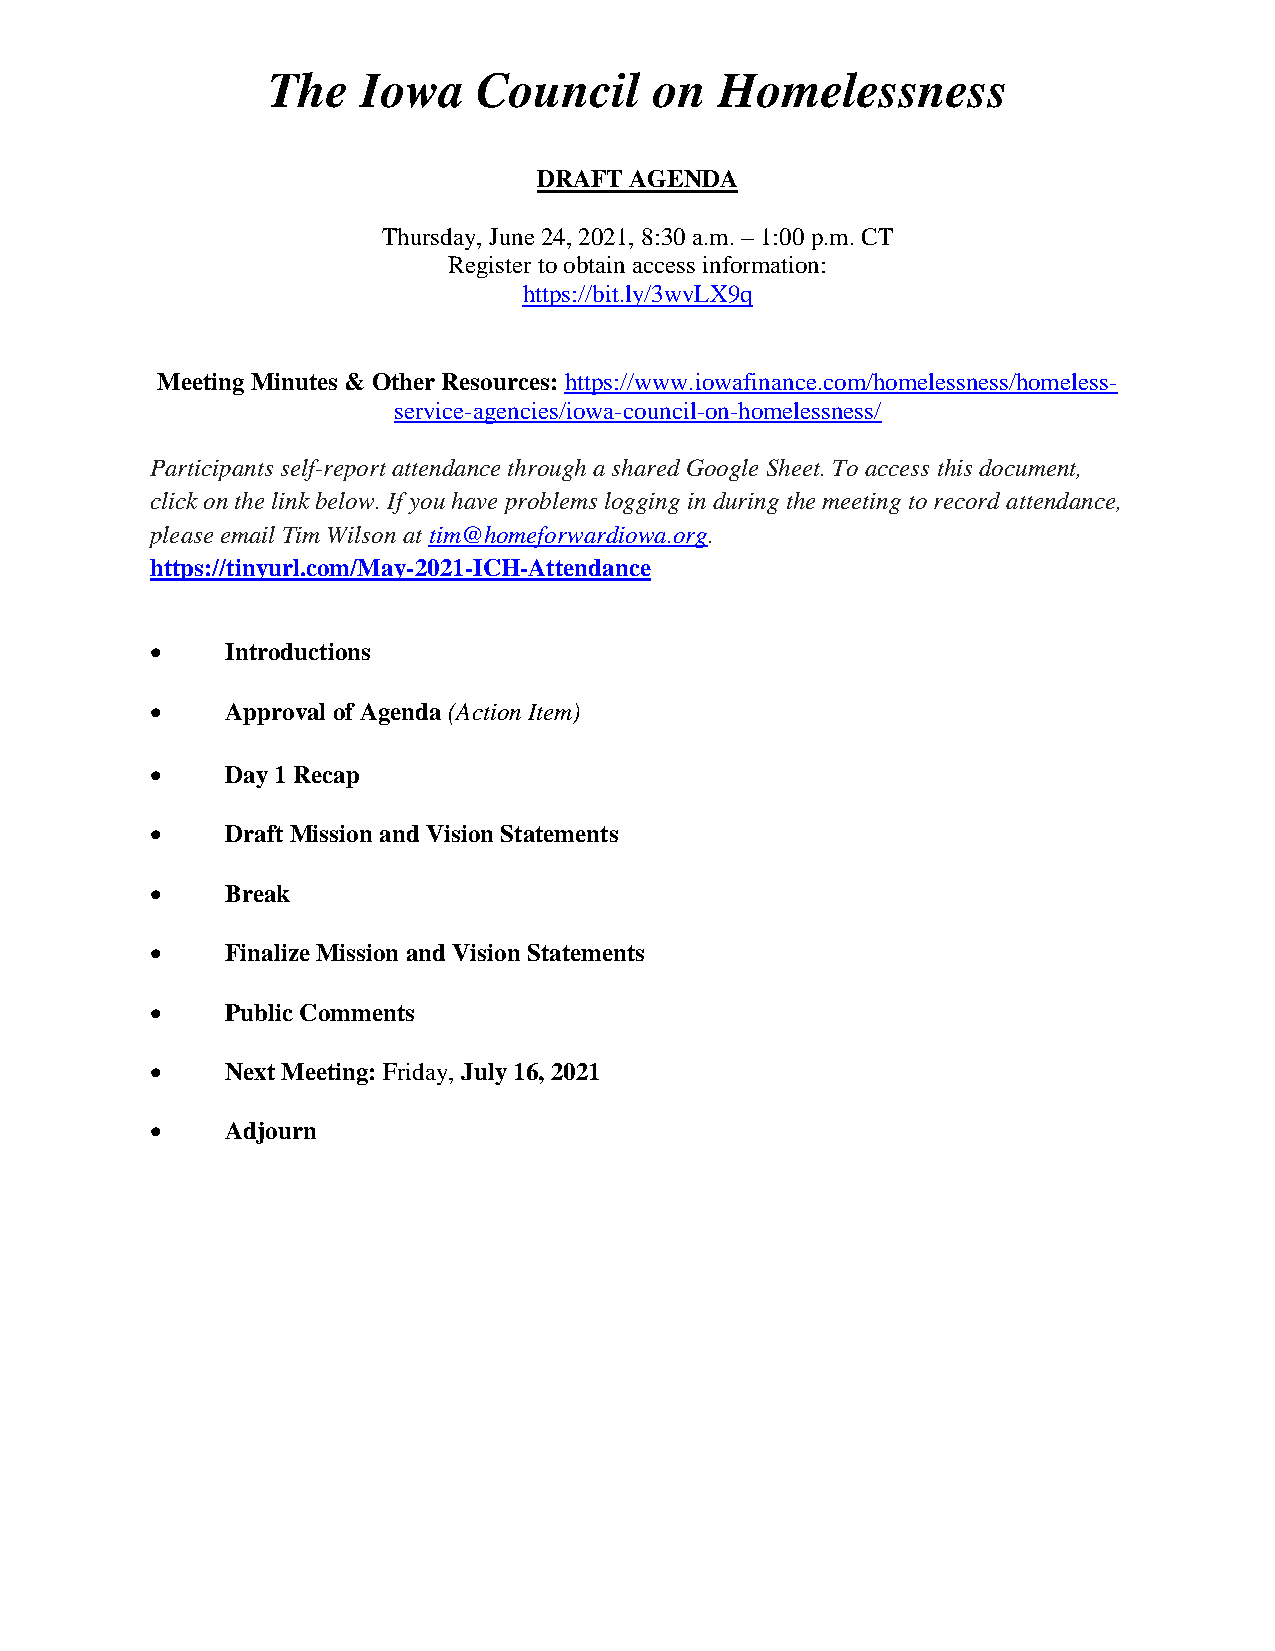
The   Iowa    Council    on   Homelessness
 DRAFT AGENDA
 Thursday, June 24, 2021, 8:30 a.m. – 1:00 p.m. CT
 Register to obtain access information:
 https://bit.ly/3wvLX9q
 Meeting Minutes & Other Resources: https://www.iowafinance.com/homelessness/homeless-
 service-agencies/iowa-council-on-homelessness/
 Participants self-report attendance through a shared Google Sheet. To access this document,
 click on the link below. If you have problems logging in during the meeting to record attendance,
 please email Tim Wilson at tim@homeforwardiowa.org.
 https://tinyurl.com/May-2021-ICH-Attendance
 •    Introductions
 •    Approval of Agenda (Action Item)
 •    Day 1 Recap
 •    Draft Mission and Vision Statements
 •    Break
 •    Finalize Mission and Vision Statements
 •    Public Comments
 •    Next Meeting: Friday, July 16, 2021
 •    Adjourn